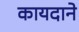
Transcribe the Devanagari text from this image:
कायदाने